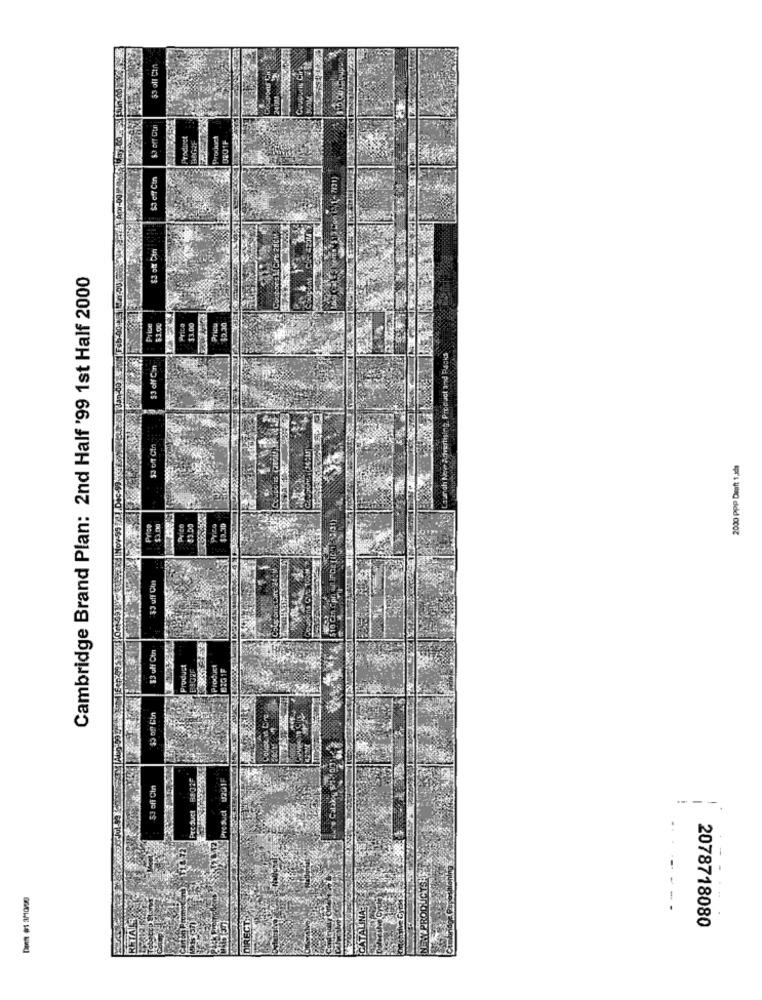
$3 oll Ct/
Coupons Ci
2400
Product
0201F
SJ caf Con
Wizards Apr-001
Cambridge Brand Plan: 2nd Half '99 1st Half 2000
PriDE
53.04
Prica
$3.00
Pricu
$2.30
JCKS
S3 ol Con
runch New Advertising Proc
ITS 12801)
2000 Ppp Draft 1.xls
Price
$3.0KJ
Price
Prize
$2.30
Product
Product
22G 1F
Product U201F
53 off Cin
---.
Dott #1 3M1000
CÁTÁLÍN
2078718080